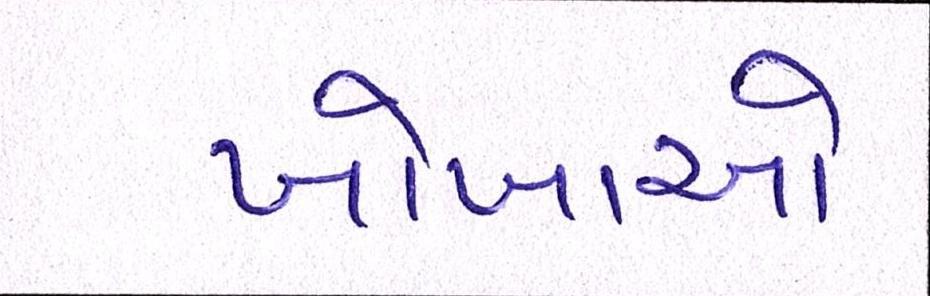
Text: ખોખાઓ